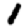
Digit: 1